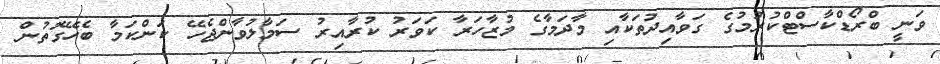
ވަނީ ބްރޯޑްކާސްޓްކުރުމުގެ ގަވާއިދުތަކާއި މާދަމާގެ މުޒާހަރާ ކަވަރު ކުރާއިރު ސަމާލުވާންޖެހޭ ކަންކަމާ ބެހޭގޮތުން